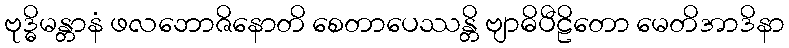
ဗုဒ္ဓိမန္တာနံ ဖလဘောဇိနောတိ စေတာပေဿန္တိ ဗျာဓိပီဠိတော မေတိအာဒိနာ